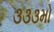
૩૩૩મો